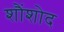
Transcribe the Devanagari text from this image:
शौंशोद